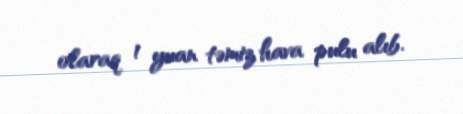
olaraq 1 yuan təmiz hava pulu alıb.